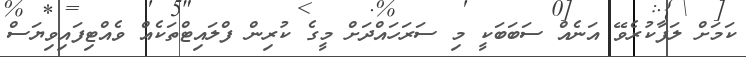
ކަމަށް ލަފާކުރެވޭ އަނެއް ސަބަބަކީ މި ސަރަހައްދަށް މީގެ ކުރިން ފްލައިޓްތަކެއް ވެއްޓިފައިވިޔަސް